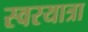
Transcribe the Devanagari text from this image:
स्वरयात्रा